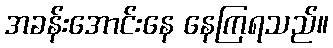
အခန်းအောင်းနေ နေကြရသည်။